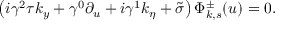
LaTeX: \left( i \gamma ^ { 2 } \tau k _ { y } + \gamma ^ { 0 } \partial _ { u } + i \gamma ^ { 1 } k _ { \eta } + \tilde { \sigma } \right) \Phi _ { k , s } ^ { \pm } ( u ) = 0 .